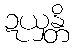
ဍယှန္တိ